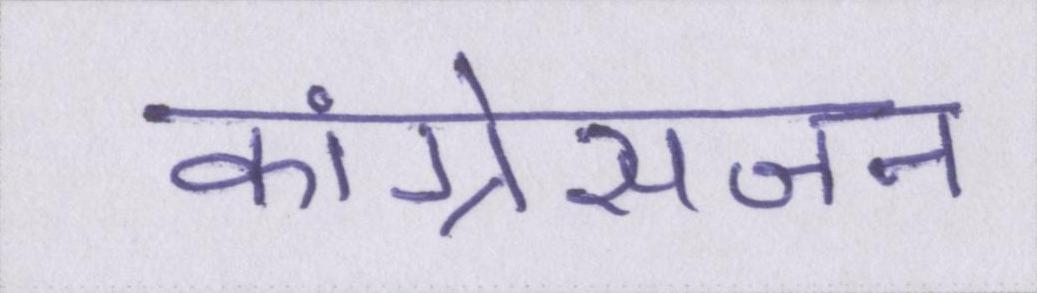
कांग्रेसजन